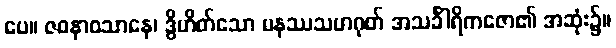
ပေ။ ဇဝနာဝသာနေ၊ ဒွိဟိတ်သော မနဿသဟဂုတ် အသင်္ခါရိကဇော၏ အဆုံး၌။